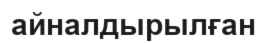
айналдырылған